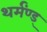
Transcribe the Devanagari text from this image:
थर्मंण्ड्